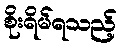
စိုးရိမ်ရသည့်